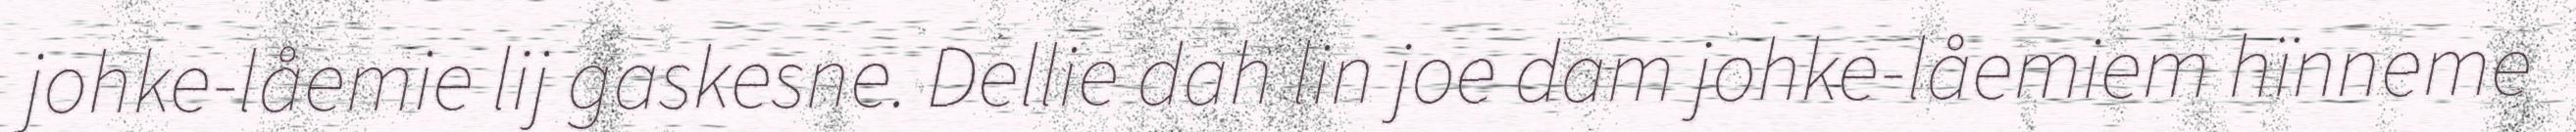
johke-låemie lij gaskesne. Dellie dah lin joe dam johke-låemiem hïnneme